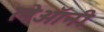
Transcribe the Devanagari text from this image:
लेऑनी